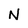
Character: N